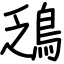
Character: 鴔